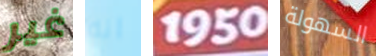
غير انه 1950 السهولة